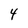
Character: 4